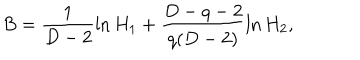
B = \frac { 1 } { D - 2 } \ln H _ { 1 } + \frac { D - q - 2 } { q ( D - 2 ) } \ln H _ { 2 } ,